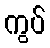
ကွပ်